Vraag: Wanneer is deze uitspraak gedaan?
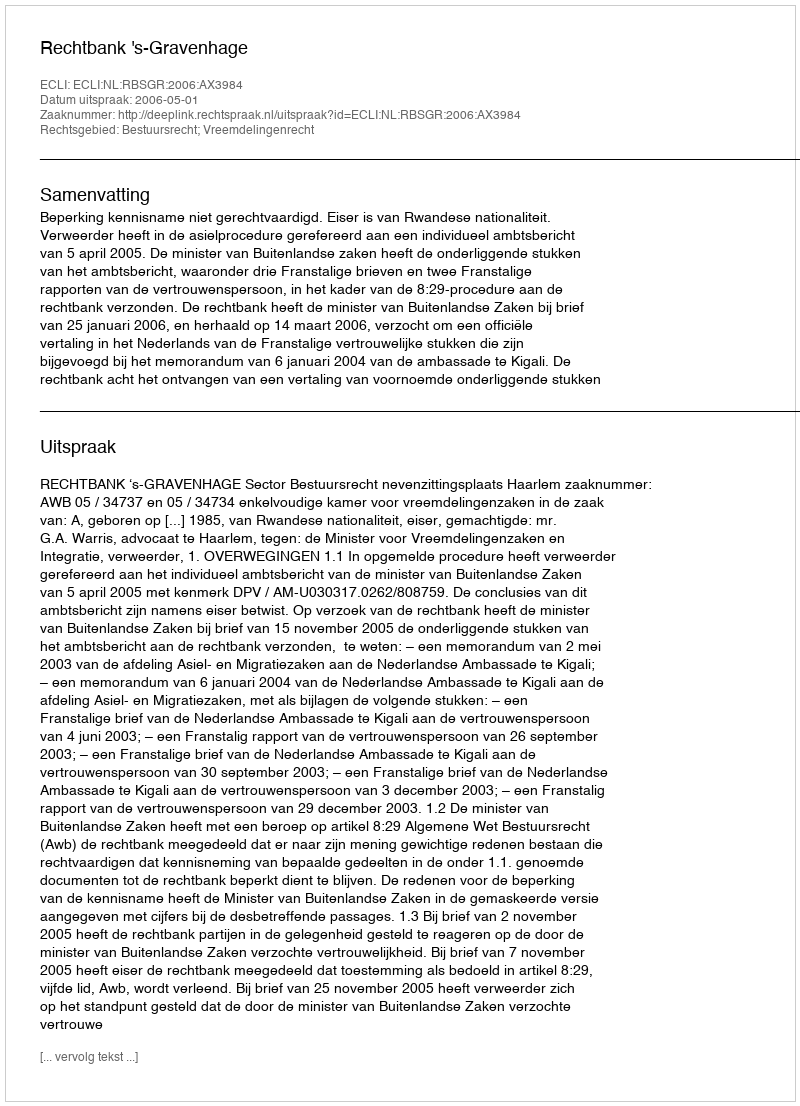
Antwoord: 2006-05-01